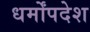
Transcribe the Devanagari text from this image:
धर्मोंपदेश